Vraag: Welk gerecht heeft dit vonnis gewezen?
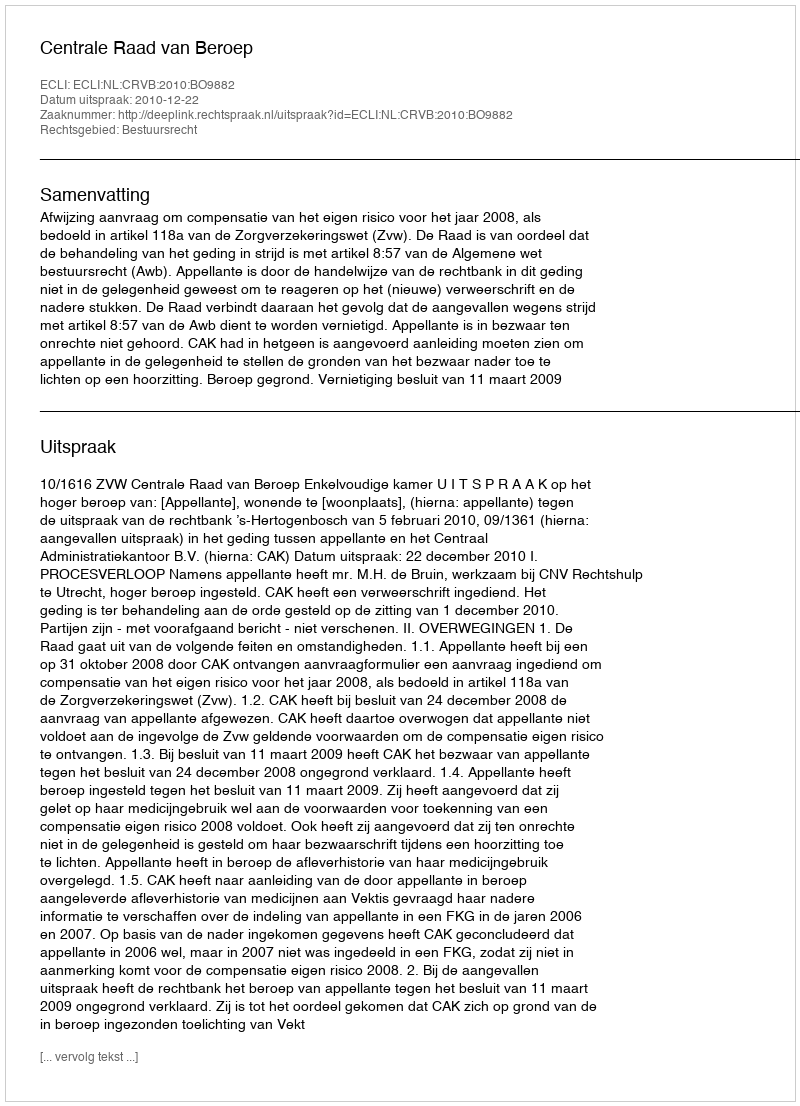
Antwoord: Centrale Raad van Beroep